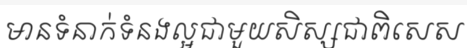
មានទំនាក់ទំនងល្អជាមួយសិស្សជាពិសេស